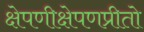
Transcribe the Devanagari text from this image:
क्षेपणीक्षेपणप्रीतो